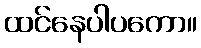
ထင်နေပါပကော။